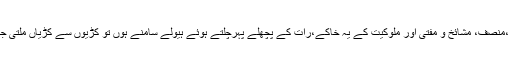
محتسب ،منصف، مشائخ و مفتی اور ملوکیت کے یہ خاکے،رات کے پچھلے پہرچلتے ہوئے ہیولے سامنے ہوں تو کڑیوں سے کڑیاں ملتی جاتی ہیں۔